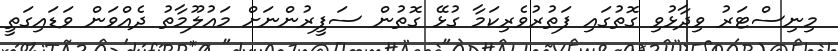
މިނިސްޓަރު ވިދާޅުވި ގޮތުގައި ފަތުރުވެރިކަމާ ގުޅޭ ގޮތުން ސަފީރުންނަށް މައުލޫމާތު ދެއްވަން ވަޑައިގަތީ